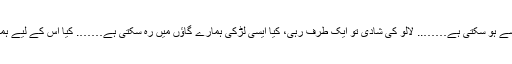
کہ لالو کی شادی اب اس سے ہو سکتی ہے…….. لالو کی شادی تو ایک طرف رہی، کیا ایسی لڑکی ہمارے گاؤں میں رہ سکتی ہے……. کیا اس کے لیے ہمارے یہاں کوئی جگہ ہے؟